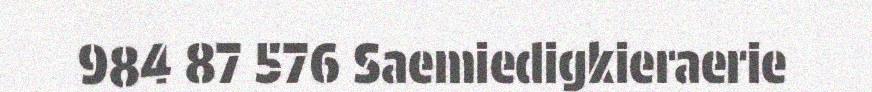
984 87 576 Saemiedigkieraerie